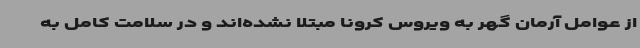
از عوامل آرمان گهر به ویروس کرونا مبتلا نشده‌اند و در سلامت کامل به